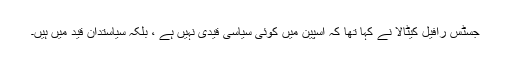
جسٹس رافیل کیٹالا نے کہا تھا کہ اسپین میں کوئی سیاسی قیدی نہیں ہے ، بلکہ سیاستدان قید میں ہیں۔